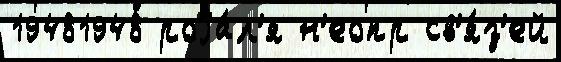
19481948 роjа́л'я н'еопр св'я́з'ей